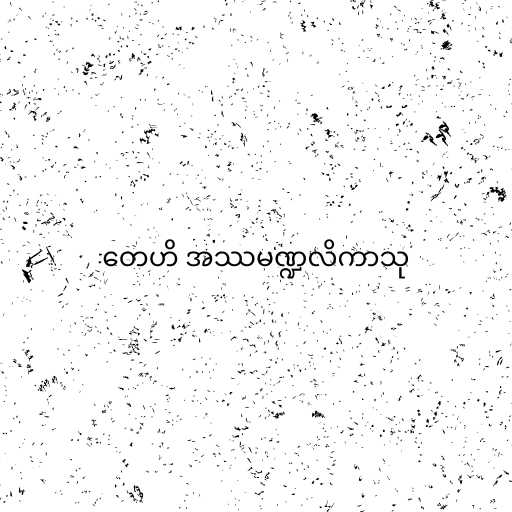
တေဟိ အဿမဏ္ဍလိကာသု